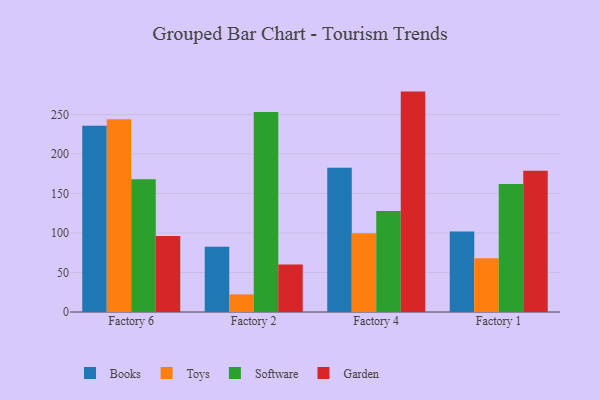
{"axis": {"x": "Factory", "y": "Customer Acquisition Cost (USD)"}, "legend": ["Books", "Garden", "Software", "Toys"], "data": [{"x": "Factory 6", "y": 235.6, "type": "Books"}, {"x": "Factory 6", "y": 243.8, "type": "Toys"}, {"x": "Factory 6", "y": 168.1, "type": "Software"}, {"x": "Factory 6", "y": 96.2, "type": "Garden"}, {"x": "Factory 2", "y": 82.7, "type": "Books"}, {"x": "Factory 2", "y": 22.3, "type": "Toys"}, {"x": "Factory 2", "y": 253.2, "type": "Software"}, {"x": "Factory 2", "y": 60.2, "type": "Garden"}, {"x": "Factory 4", "y": 182.4, "type": "Books"}, {"x": "Factory 4", "y": 99.8, "type": "Toys"}, {"x": "Factory 4", "y": 127.8, "type": "Software"}, {"x": "Factory 4", "y": 278.9, "type": "Garden"}, {"x": "Factory 1", "y": 101.9, "type": "Books"}, {"x": "Factory 1", "y": 67.9, "type": "Toys"}, {"x": "Factory 1", "y": 162.0, "type": "Software"}, {"x": "Factory 1", "y": 178.6, "type": "Garden"}]}